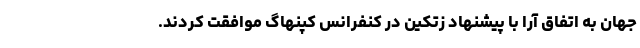
جهان به اتفاق آرا با پیشنهاد زتکین در کنفرانس کپنهاگ موافقت کردند.